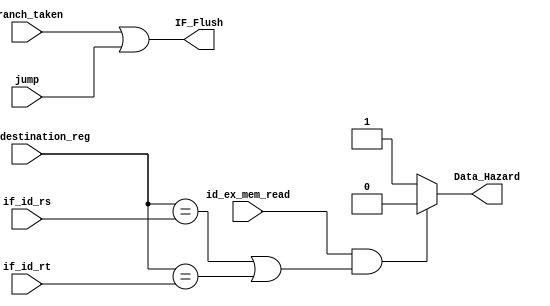
`timescale 1ns / 1ps
//////////////////////////////////////////////////////////////////////////////////
// Company: 
// Engineer: 
// 
// Design Name: 
// Module Name: Data_Hazard
// Project Name: 
// Target Devices: 
// Tool Versions: 
// Description: 
// 
// Dependencies: 
// 
// Revision:
// Revision 0.01 - File Created
// Additional Comments:
// 
//////////////////////////////////////////////////////////////////////////////////


module Hazard_detection(
    input id_ex_mem_read,
    input [4:0]id_ex_destination_reg,
    input [4:0] if_id_rs, if_id_rt,
    input branch_taken, jump,
    output reg Data_Hazard,
    output reg IF_Flush
    );
    
    always @(*)  
    begin
        
	if ((id_ex_mem_read == 1'b1) &
	    ((id_ex_destination_reg == if_id_rs) | (id_ex_destination_reg == if_id_rt)))
	    Data_Hazard = 1'b0;
	else
	   Data_Hazard = 1'b1;
	   
	IF_Flush = branch_taken | jump;    
	
    end
endmodule